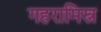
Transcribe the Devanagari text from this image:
गहरामिस्र